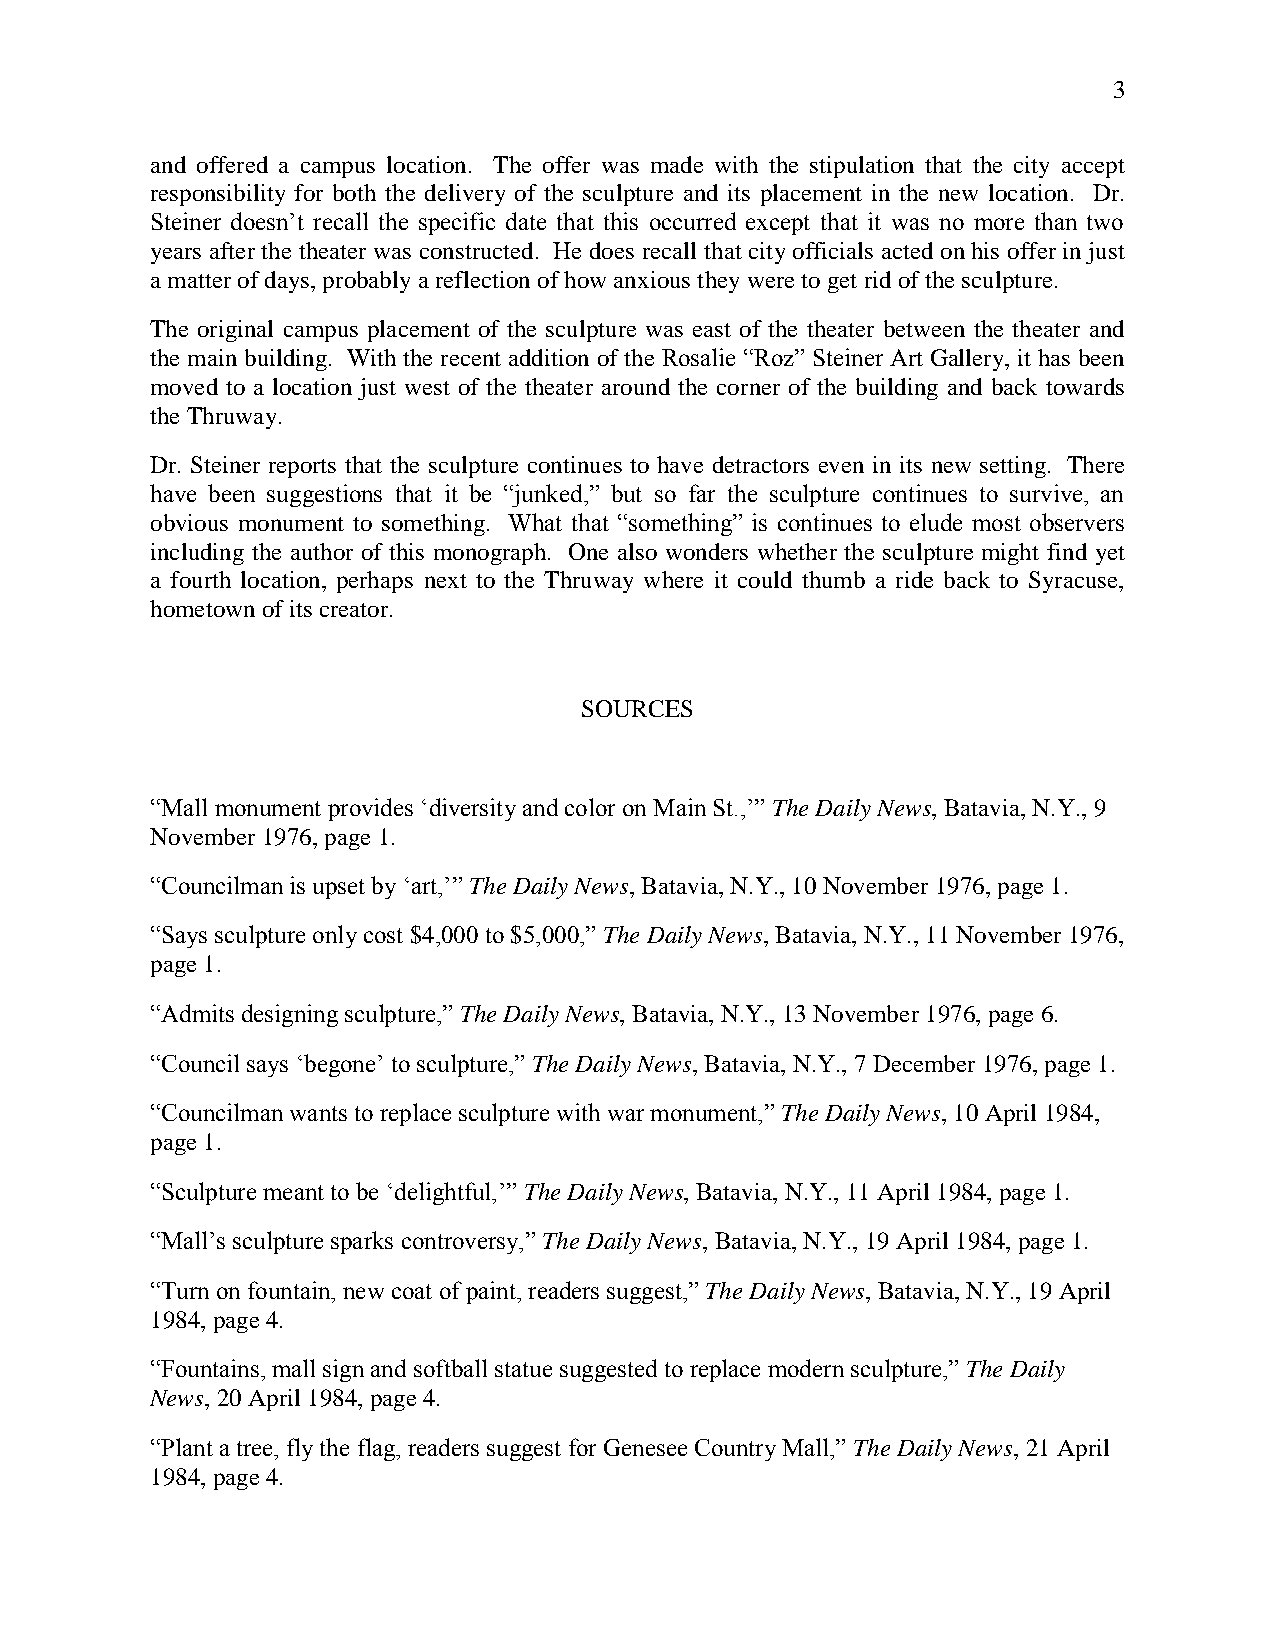
3
 and offered a campus location. The offer was made with the stipulation that the city accept
 responsibility for both the delivery of the sculpture and its placement in the new location. Dr.
 Steiner doesn’t recall the specific date that this occurred except that it was no more than two
 years after the theater was constructed. He does recall that city officials acted on his offer in just
 a matter of days, probably a reflection of how anxious they were to get rid of the sculpture.
 The original campus placement of the sculpture was east of the theater between the theater and
 the main building. With the recent addition of the Rosalie “Roz” Steiner Art Gallery, it has been
 moved to a location just west of the theater around the corner of the building and back towards
 the Thruway.
 Dr. Steiner reports that the sculpture continues to have detractors even in its new setting. There
 have been suggestions that it be “junked,” but so far the sculpture continues to survive, an
 obvious monument to something. What that “something” is continues to elude most observers
 including the author of this monograph. One also wonders whether the sculpture might find yet
 a fourth location, perhaps next to the Thruway where it could thumb a ride back to Syracuse,
 hometown of its creator.
 SOURCES
 “Mall monument provides ‘diversity and color on Main St.,’” The Daily News, Batavia, N.Y., 9
 November 1976, page 1.
 “Councilman is upset by ‘art,’” The Daily News, Batavia, N.Y., 10 November 1976, page 1.
 “Says sculpture only cost $4,000 to $5,000,” The Daily News, Batavia, N.Y., 11 November 1976,
 page 1.
 “Admits designing sculpture,” The Daily News, Batavia, N.Y., 13 November 1976, page 6.
 “Council says ‘begone’ to sculpture,” The Daily News, Batavia, N.Y., 7 December 1976, page 1.
 “Councilman wants to replace sculpture with war monument,” The Daily News, 10 April 1984,
 page 1.
 “Sculpture meant to be ‘delightful,’” The Daily News, Batavia, N.Y., 11 April 1984, page 1.
 “Mall’s sculpture sparks controversy,” The Daily News, Batavia, N.Y., 19 April 1984, page 1.
 “Turn on fountain, new coat of paint, readers suggest,” The Daily News, Batavia, N.Y., 19 April
 1984, page 4.
 “Fountains, mall sign and softball statue suggested to replace modern sculpture,” The Daily
 News, 20 April 1984, page 4.
 “Plant a tree, fly the flag, readers suggest for Genesee Country Mall,” The Daily News, 21 April
 1984, page 4.